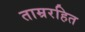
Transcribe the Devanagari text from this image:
ताम्ररहित